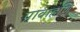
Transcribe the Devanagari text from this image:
प्रावाहणि